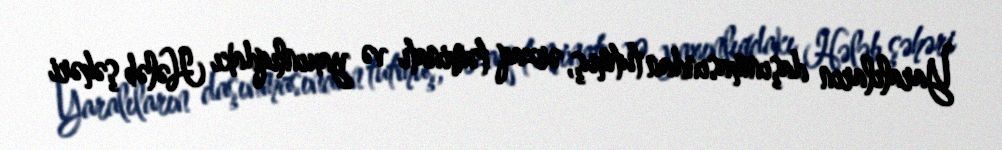
Yaralıların daşınmasından tutmuş, ərzaq təminatı və yaxınlıqdakı Hələb şəhəri